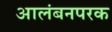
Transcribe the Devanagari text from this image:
आलंबनपरक